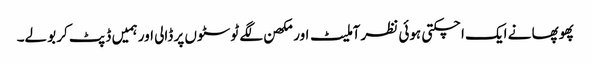
پھوپھا نے ایک اچکتی ہوئی نظر آملیٹ اور مکھن لگے ٹوسٹوں پر ڈالی اور ہمیں ڈپٹ کر بولے۔